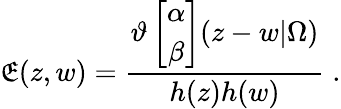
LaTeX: \mathfrak{E}(z,w)=\frac{{\vartheta\left[\begin{array}{c}{{\alpha}}\\ {{\beta}}\end{array}\right](z-w|\Omega)}}{{h(z)h(w)}}\; .